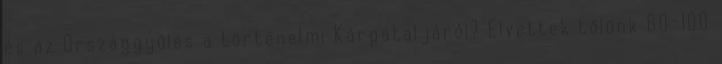
és az Országgyűlés a történelmi Kárpátaljáról? Elvettek tőlünk 80-100